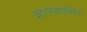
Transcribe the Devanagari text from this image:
दहशतवादाविरूद्ध